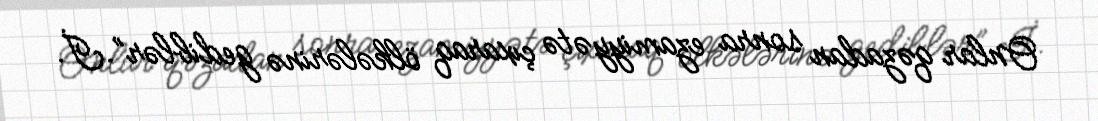
Onlar qəzadan sonra ezamiyyətə çıxaraq ölkələrinə gediblər”.İ.